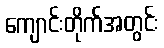
ကျောင်းတိုက်အတွင်း